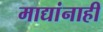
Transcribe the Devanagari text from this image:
माद्यांनाही